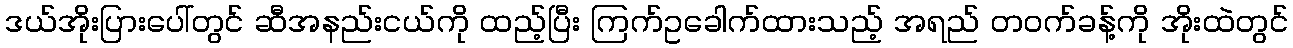
ဒယ်အိုးပြားပေါ်တွင် ဆီအနည်းငယ်ကို ထည့်ပြီး ကြက်ဥခေါက်ထားသည့် အရည် တဝက်ခန့်ကို အိုးထဲတွင်